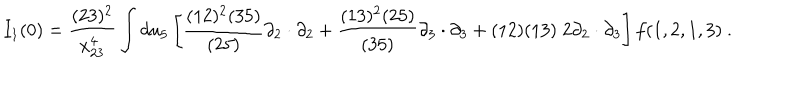
LaTeX: I _ { 1 } ( 0 ) = { \frac { ( 2 3 ) ^ { 2 } } { x _ { 2 3 } ^ { 4 } } } \int d u _ { 5 } \left[ { \frac { ( 1 2 ) ^ { 2 } ( 3 5 ) } { ( 2 5 ) } } \partial _ { 2 } \cdot \partial _ { 2 } + { \frac { ( 1 3 ) ^ { 2 } ( 2 5 ) } { ( 3 5 ) } } \partial _ { 3 } \cdot \partial _ { 3 } + ( 1 2 ) ( 1 3 ) \; 2 \partial _ { 2 } \cdot \partial _ { 3 } \right] f ( 1 , 2 , 1 , 3 ) \ .